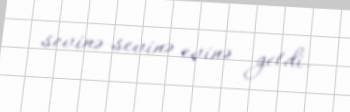
sevinə-sevinə evinə getdi.